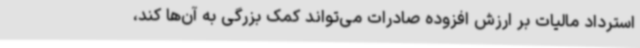
استرداد مالیات بر ارزش افزوده صادرات می‌تواند کمک بزرگی به آن‌ها کند،